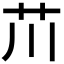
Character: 𫇨